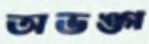
অভঙ্গ